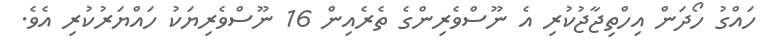
ހައްގު ހޯދަން އިހްތިޖާޖުކުރި އެ ނޫސްވެރިންގެ ތެރެއިން 16 ނޫސްވެރިޔަކު ހައްޔަރުކުރި އެވެ.